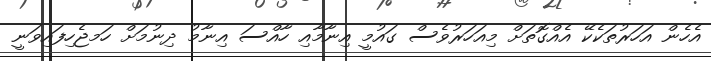
އެހެން އަހަރުތަކެކޭ އެއްގޮތަށް މިއަހަރުވެސް ގައުމީ އިނާމާއި ހާއްސަ އިނާމު ދިނުމަށް ހަަމޖެހިފައިވަނީ